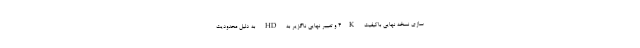
سازی نسخه نهایی باکیفیت ۴K و تغییر نهایی ناگزیر به HD به دلیل محدودیت